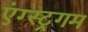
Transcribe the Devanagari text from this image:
एंग्स्ट्रगम